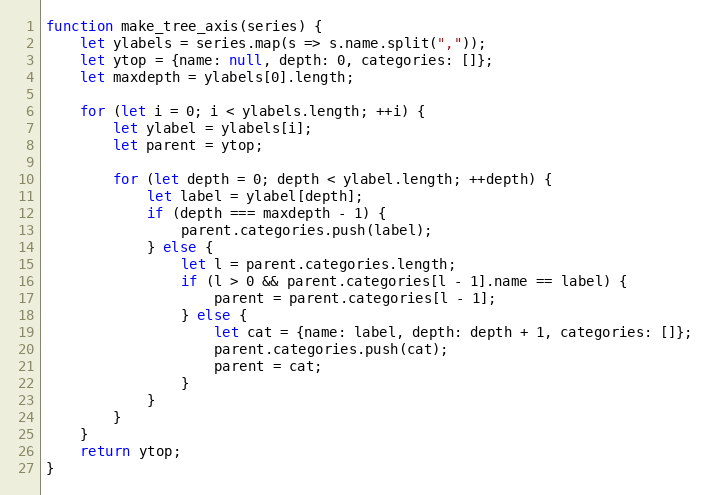
Language: JavaScript
function make_tree_axis(series) {
    let ylabels = series.map(s => s.name.split(","));
    let ytop = {name: null, depth: 0, categories: []};
    let maxdepth = ylabels[0].length;

    for (let i = 0; i < ylabels.length; ++i) {
        let ylabel = ylabels[i];
        let parent = ytop;

        for (let depth = 0; depth < ylabel.length; ++depth) {
            let label = ylabel[depth];
            if (depth === maxdepth - 1) {
                parent.categories.push(label);
            } else {
                let l = parent.categories.length;
                if (l > 0 && parent.categories[l - 1].name == label) {
                    parent = parent.categories[l - 1];
                } else {
                    let cat = {name: label, depth: depth + 1, categories: []};
                    parent.categories.push(cat);
                    parent = cat;
                }
            }
        }
    }
    return ytop;
}